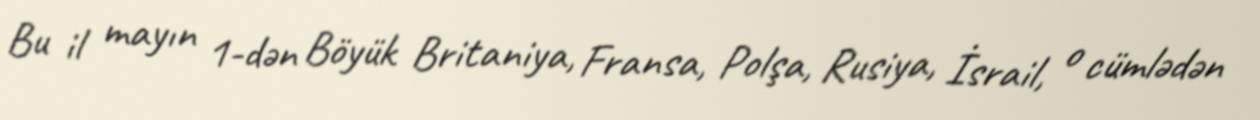
Bu il mayın 1-dən Böyük Britaniya, Fransa, Polşa, Rusiya, İsrail, o cümlədən